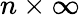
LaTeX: n\times\infty